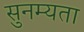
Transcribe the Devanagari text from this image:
सुनम्यता